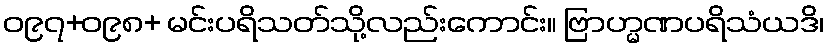
ဝ၉၇+ဝ၉၈+ မင်းပရိသတ်သို့လည်းကောင်း။ ဗြာဟ္မဏပရိသံယဒိ၊